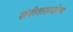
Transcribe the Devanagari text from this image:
संगीतासाठीचा